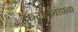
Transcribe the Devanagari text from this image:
कर्मकांडाचा